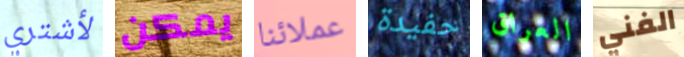
لأشتري يمكن عملائنا حفيدة العراق الفني